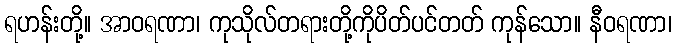
ရဟန်းတို့။ အာဝရဏာ၊ ကုသိုလ်တရားတို့ကိုပိတ်ပင်တတ် ကုန်သော။ နီဝရဏာ၊